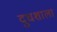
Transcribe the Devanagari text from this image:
दुधशाला